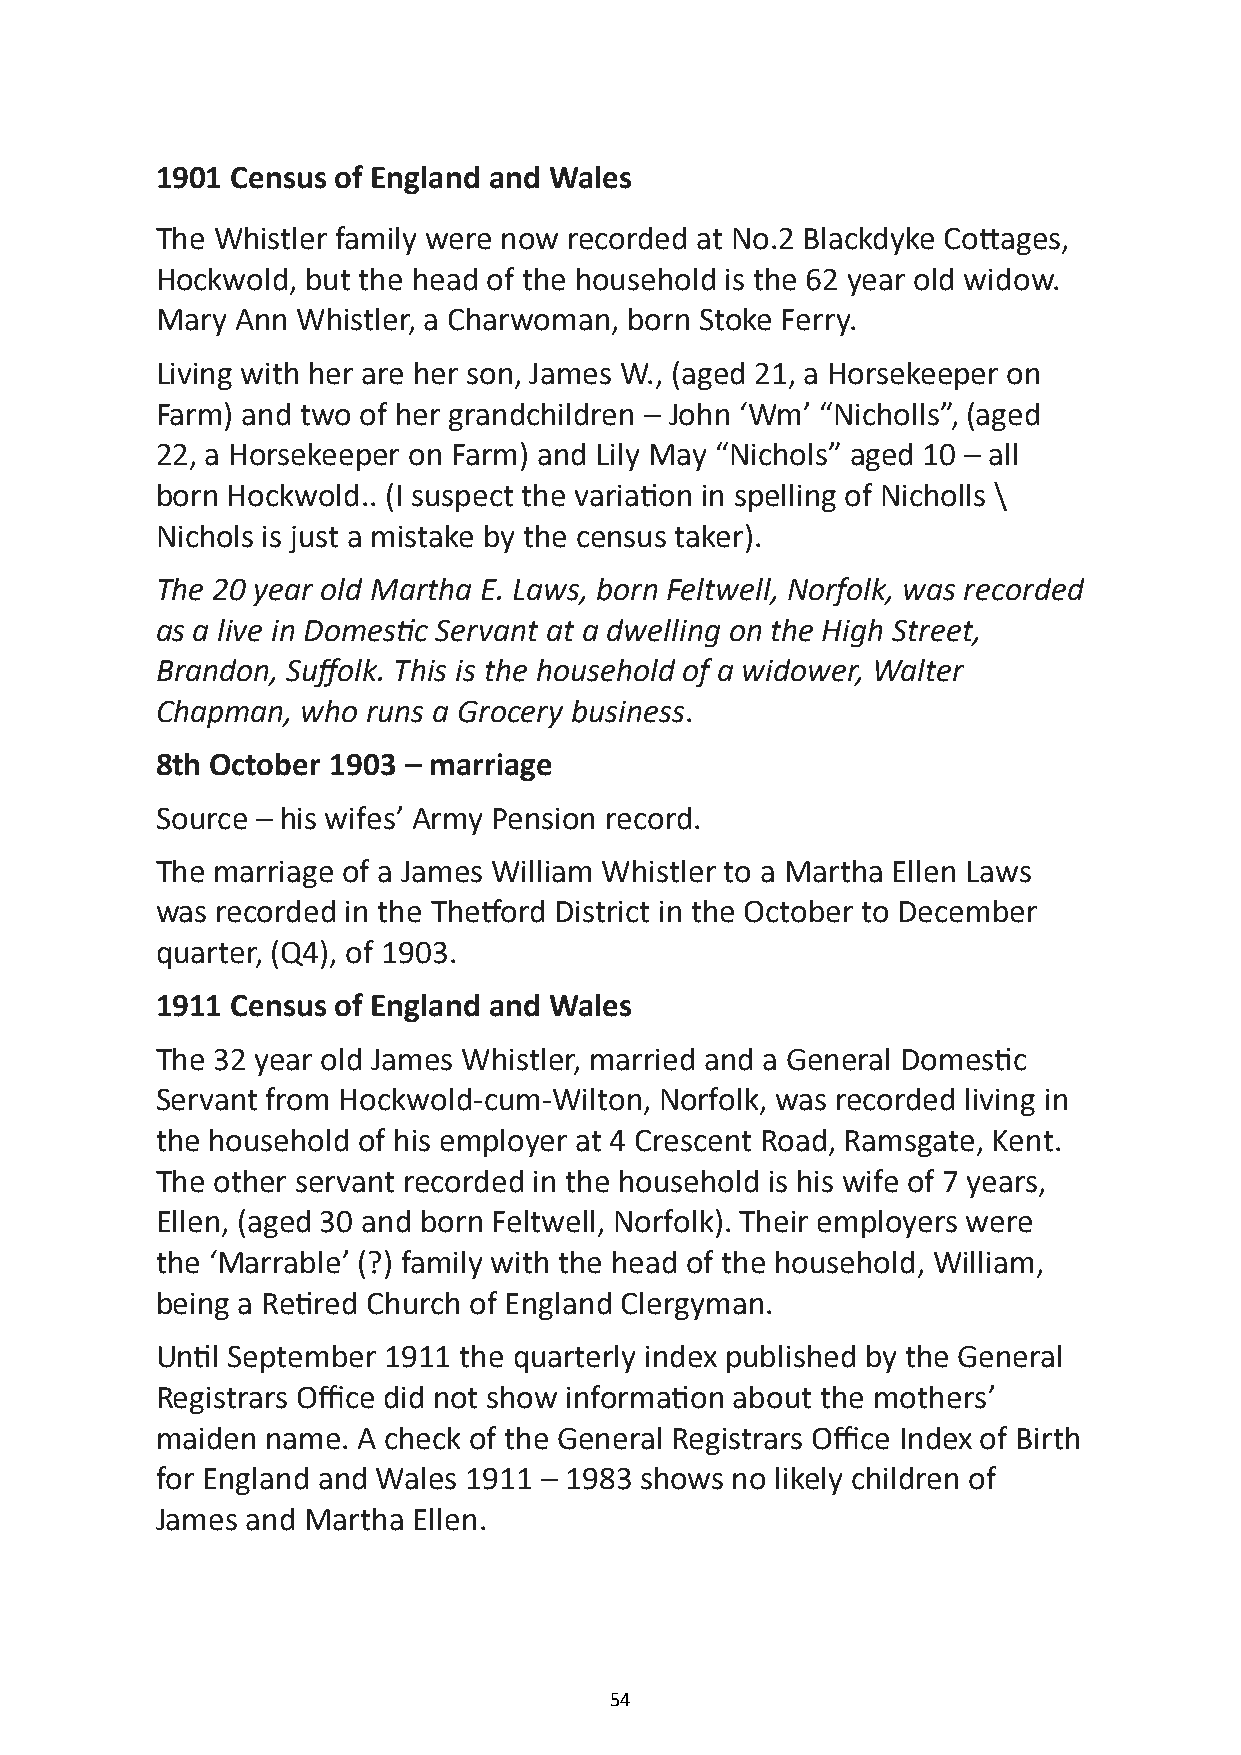
1901 Census of England and Wales
 The Whistler family were now recorded at No.2 Blackdyke Cottages,
 Hockwold, but the head of the household is the 62 year old widow.
 Mary  Ann Whistler, a Charwoman, born Stoke Ferry.
 Living with her are her son, James W., (aged 21, a Horsekeeper on
 Farm) and two of her grandchildren – John ‘Wm’ “Nicholls”, (aged
 22, a Horsekeeper on Farm) and Lily May “Nichols” aged 10 – all
 born Hockwold.. (I suspect the variation in spelling of Nicholls \
 Nichols is just a mistake by the census taker).
 The 20 year old Martha E. Laws, born Feltwell, Norfolk, was recorded
 as a live in Domestic Servant at a dwelling on the High Street,
 Brandon, Suffolk. This is the household of a widower, Walter
 Chapman,  who runs a Grocery business.
 8th October 1903 – marriage
 Source – his wifes’ Army Pension record.
 The marriage of a James William Whistler to a Martha Ellen Laws
 was recorded in the Thetford District in the October to December
 quarter, (Q4), of 1903.
 1911 Census of England and Wales
 The 32 year old James Whistler, married and a General Domestic
 Servant from Hockwold-cum-Wilton, Norfolk, was recorded living in
 the household of his employer at 4 Crescent Road, Ramsgate, Kent.
 The other servant recorded in the household is his wife of 7 years,
 Ellen, (aged 30 and born Feltwell, Norfolk). Their employers were
 the ‘Marrable’ (?) family with the head of the household, William,
 being a Retired Church of England Clergyman.
 Until September 1911 the quarterly index published by the General
 Registrars Office did not show information about the mothers’
 maiden  name. A check of the General Registrars Office Index of Birth
 for England and Wales 1911 – 1983 shows no likely children of
 James and Martha Ellen.
 54